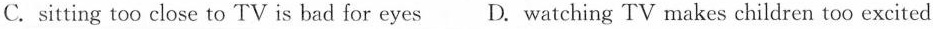
C. sitting too close to TV is bad for eyes D. Watching TV makes children too excited